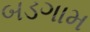
બડગામ